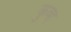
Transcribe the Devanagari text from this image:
कुव्ह